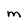
Character: M